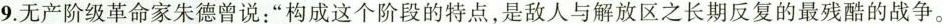
9.无产阶级革命家朱德曾说：“构成这个阶段的特点，是敌人与解放区之长期反复的最残酷的战争。